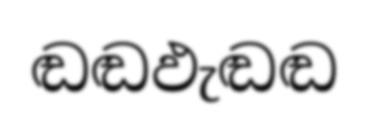
ඬඬඵැඬඬ